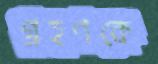
গ্রহণকে